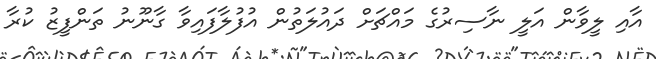
އާއި ލީވާން އަލީ ނާސިރުގެ މައްޗަށް ދައުލަތުން އުފުލާފައިވާ ގާނޫނު ތަންފީޒު ކުރާ